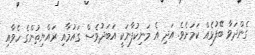
ގެންދަވާ ބޭފުޅެއް ކަމަށެވެ. އަދި އެ މަނިކުފާނަކީ އަބަދުވެސް ގައުމާއި ރައްޔިތުންގެ ހެވާއި